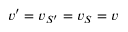
v ^ { \prime } = v _ { S ^ { \prime } } = v _ { S } = v